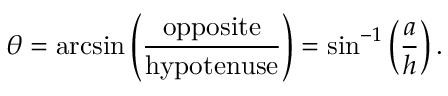
\theta = \arcsin \left( { \frac { \mathrm { o p p o s i t e } } { \mathrm { h y p o t e n u s e } } } \right) = \sin ^ { - 1 } \left( { \frac { a } { h } } \right) .